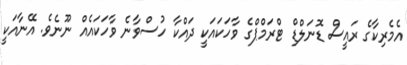
އެމެރިކާގެ ރައީސް ޑޮނަލްޑް ޓްރަމްޕްގެ ވާހަކައަކީ ދައްކާ ހުސްވާނެ ވާހަކައެއް ނޫނެވެ. އޭނާއަކީ